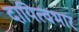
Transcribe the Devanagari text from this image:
दायित्वभार